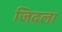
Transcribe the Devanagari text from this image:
जिदला